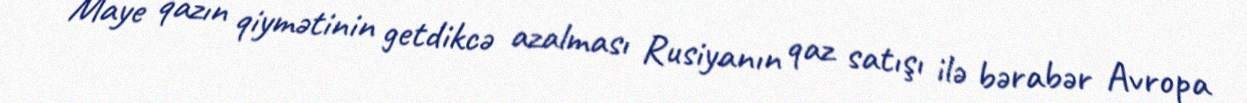
Maye qazın qiymətinin getdikcə azalması Rusiyanın qaz satışı ilə bərabər Avropa